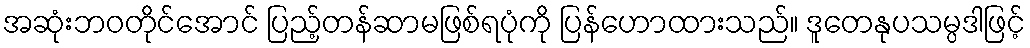
အဆုံးဘဝတိုင်အောင် ပြည့်တန်ဆာမဖြစ်ရပုံကို ပြန်ဟောထားသည်။ ဒူတေနုပသမ္ပဒါဖြင့်